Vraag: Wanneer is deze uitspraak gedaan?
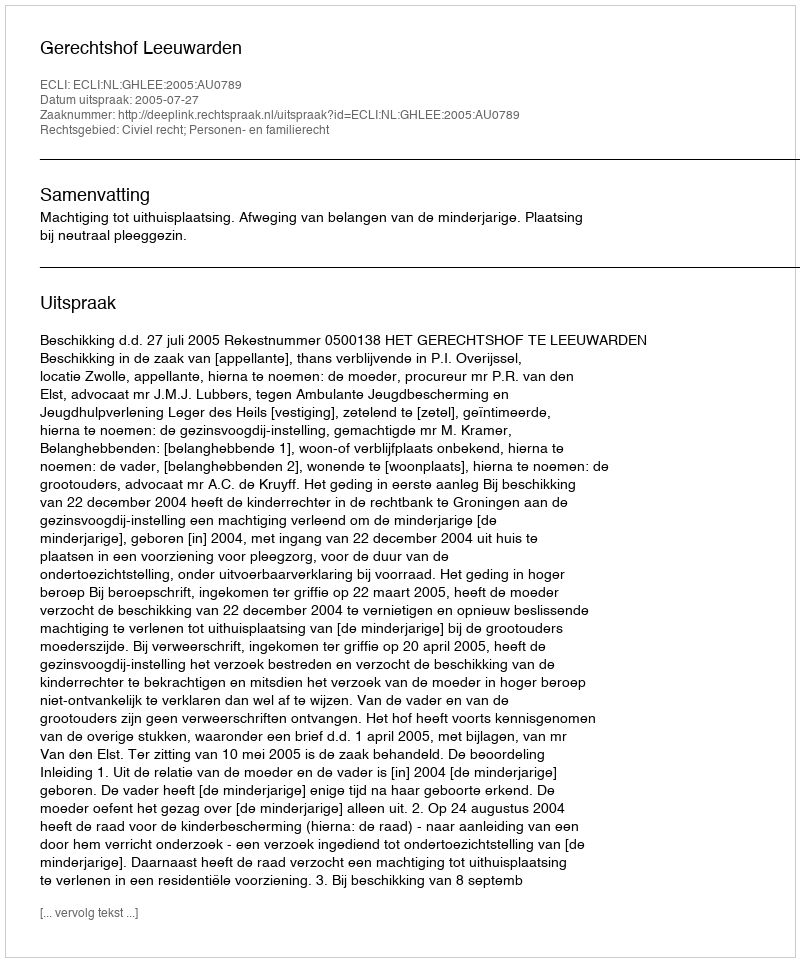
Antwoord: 2005-07-27